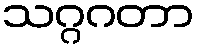
သဂ္ဂဂတာ